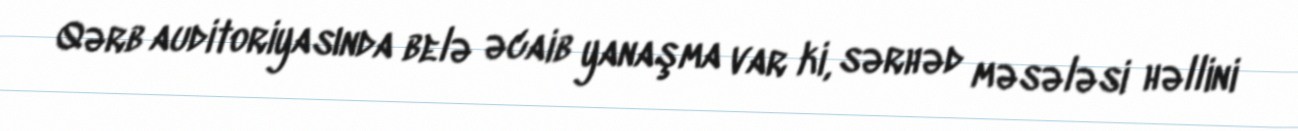
Qərb auditoriyasında belə əcaib yanaşma var ki, sərhəd məsələsi həllini